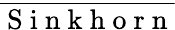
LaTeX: \overline{{\mathrm{~S~i~n~k~h~o~r~n~}}}